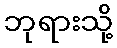
ဘုရားသို့